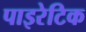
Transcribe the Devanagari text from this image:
पाइरेटिक